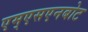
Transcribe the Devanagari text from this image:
एम्एसएनबोट